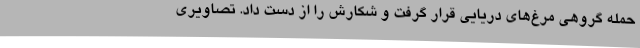
حمله گروهی مرغ‌های دریایی قرار گرفت و شکارش را از دست داد. تصاویری